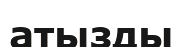
атызды